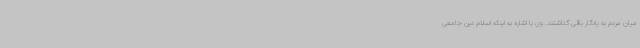
میان مردم به یادگار باقی گذاشتند. وی با اشاره به اینکه اسلام دین جامعی